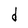
Character: d